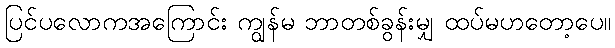
ပြင်ပလောကအကြောင်း ကျွန်မ ဘာတစ်ခွန်းမျှ ထပ်မဟတော့ပေ။